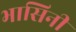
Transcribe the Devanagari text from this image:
भासिनी